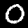
Label: 0